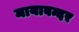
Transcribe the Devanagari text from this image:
मायाबन्दर